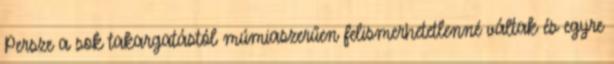
Persze a sok takargatástól múmiaszerűen felismerhetetlenné váltak és egyre